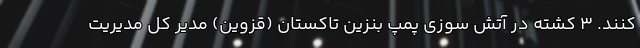
کنند. 3 کشته در آتش سوزی پمپ بنزین تاکستان (قزوین) مدیر کل مدیریت